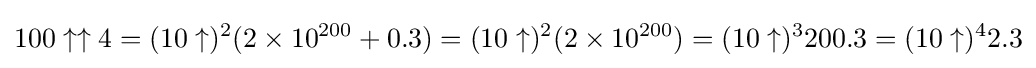
100\uparrow \uparrow 4=(10\uparrow )^{2}(2\times 10^{200}+0.3)=(10\uparrow )^{2}(2\times 10^{200})=(10\uparrow )^{3}200.3=(10\uparrow )^{4}2.3